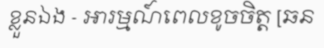
ខ្លួនឯង - អារម្មណ៍ពេលខូចចិត្ត [ឆន